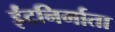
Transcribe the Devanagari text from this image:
ईंटनिर्माता